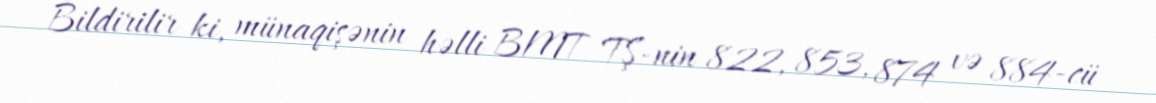
Bildirilir ki, münaqişənin həlli BMT TŞ-nin 822, 853, 874 və 884-cü